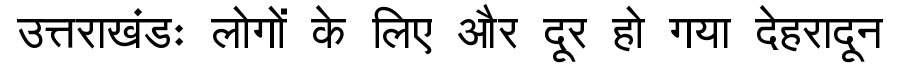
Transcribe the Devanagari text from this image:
उत्तराखंडः लोगों के लिए और दूर हो गया देहरादून